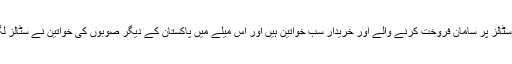
جس میں سٹالز پر سامان فروخت کرنے والے اور خریدار سب خواتین ہیں اور اس میلے میں پاکستان کے دیگر صوبوں کی خواتین نے سٹالز لگائے ہیں۔